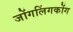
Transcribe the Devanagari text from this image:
जोंगलिंगकोंग